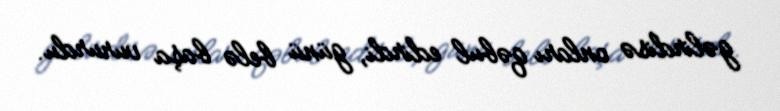
gəlirdisə onları qəbul edirdi, günü belə başa vururdu.